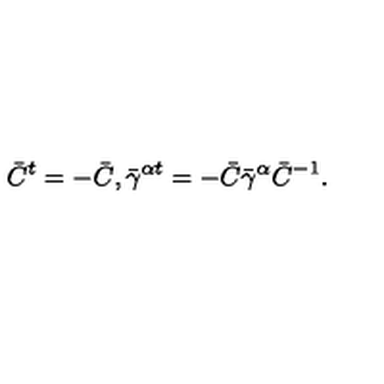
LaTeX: { \bar { C } } ^ { t } = - { \bar { C } } , { { \bar { \gamma } } ^ { \alpha t } } = - { \bar { C } } { \bar { \gamma } } ^ { \alpha } { \bar { C } } ^ { - 1 } .